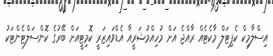
އިސްލާމިކް ކެޕިޓަލް މާކެޓެއް ރާއްޖެ އަށް މުހިއްމުޝަރީއާ އެޑްވައިޒަރީ ކޮމިޓީއަށް ބޭރުގެ ކޮންސަލްޓެންޓަކު